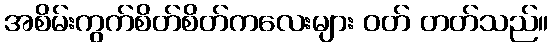
အစိမ်းကွက်စိတ်စိတ်ကလေးများ ဝတ် တတ်သည်။